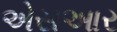
એસઆર